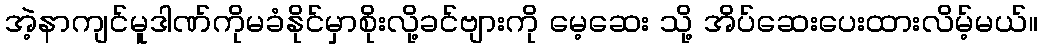
အဲ့နာကျင်မူဒါဏ်ကိုမခံနိုင်မှာစိုးလို့ခင်ဗျားကို မေ့ဆေး သို့ အိပ်ဆေးပေးထားလိမ့်မယ်။